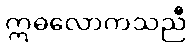
ဣဓလောကသညီ